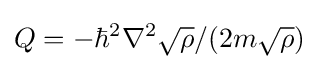
Q=-\hbar ^{2}\nabla ^{2}{\sqrt {\rho }}/(2m{\sqrt {\rho }})